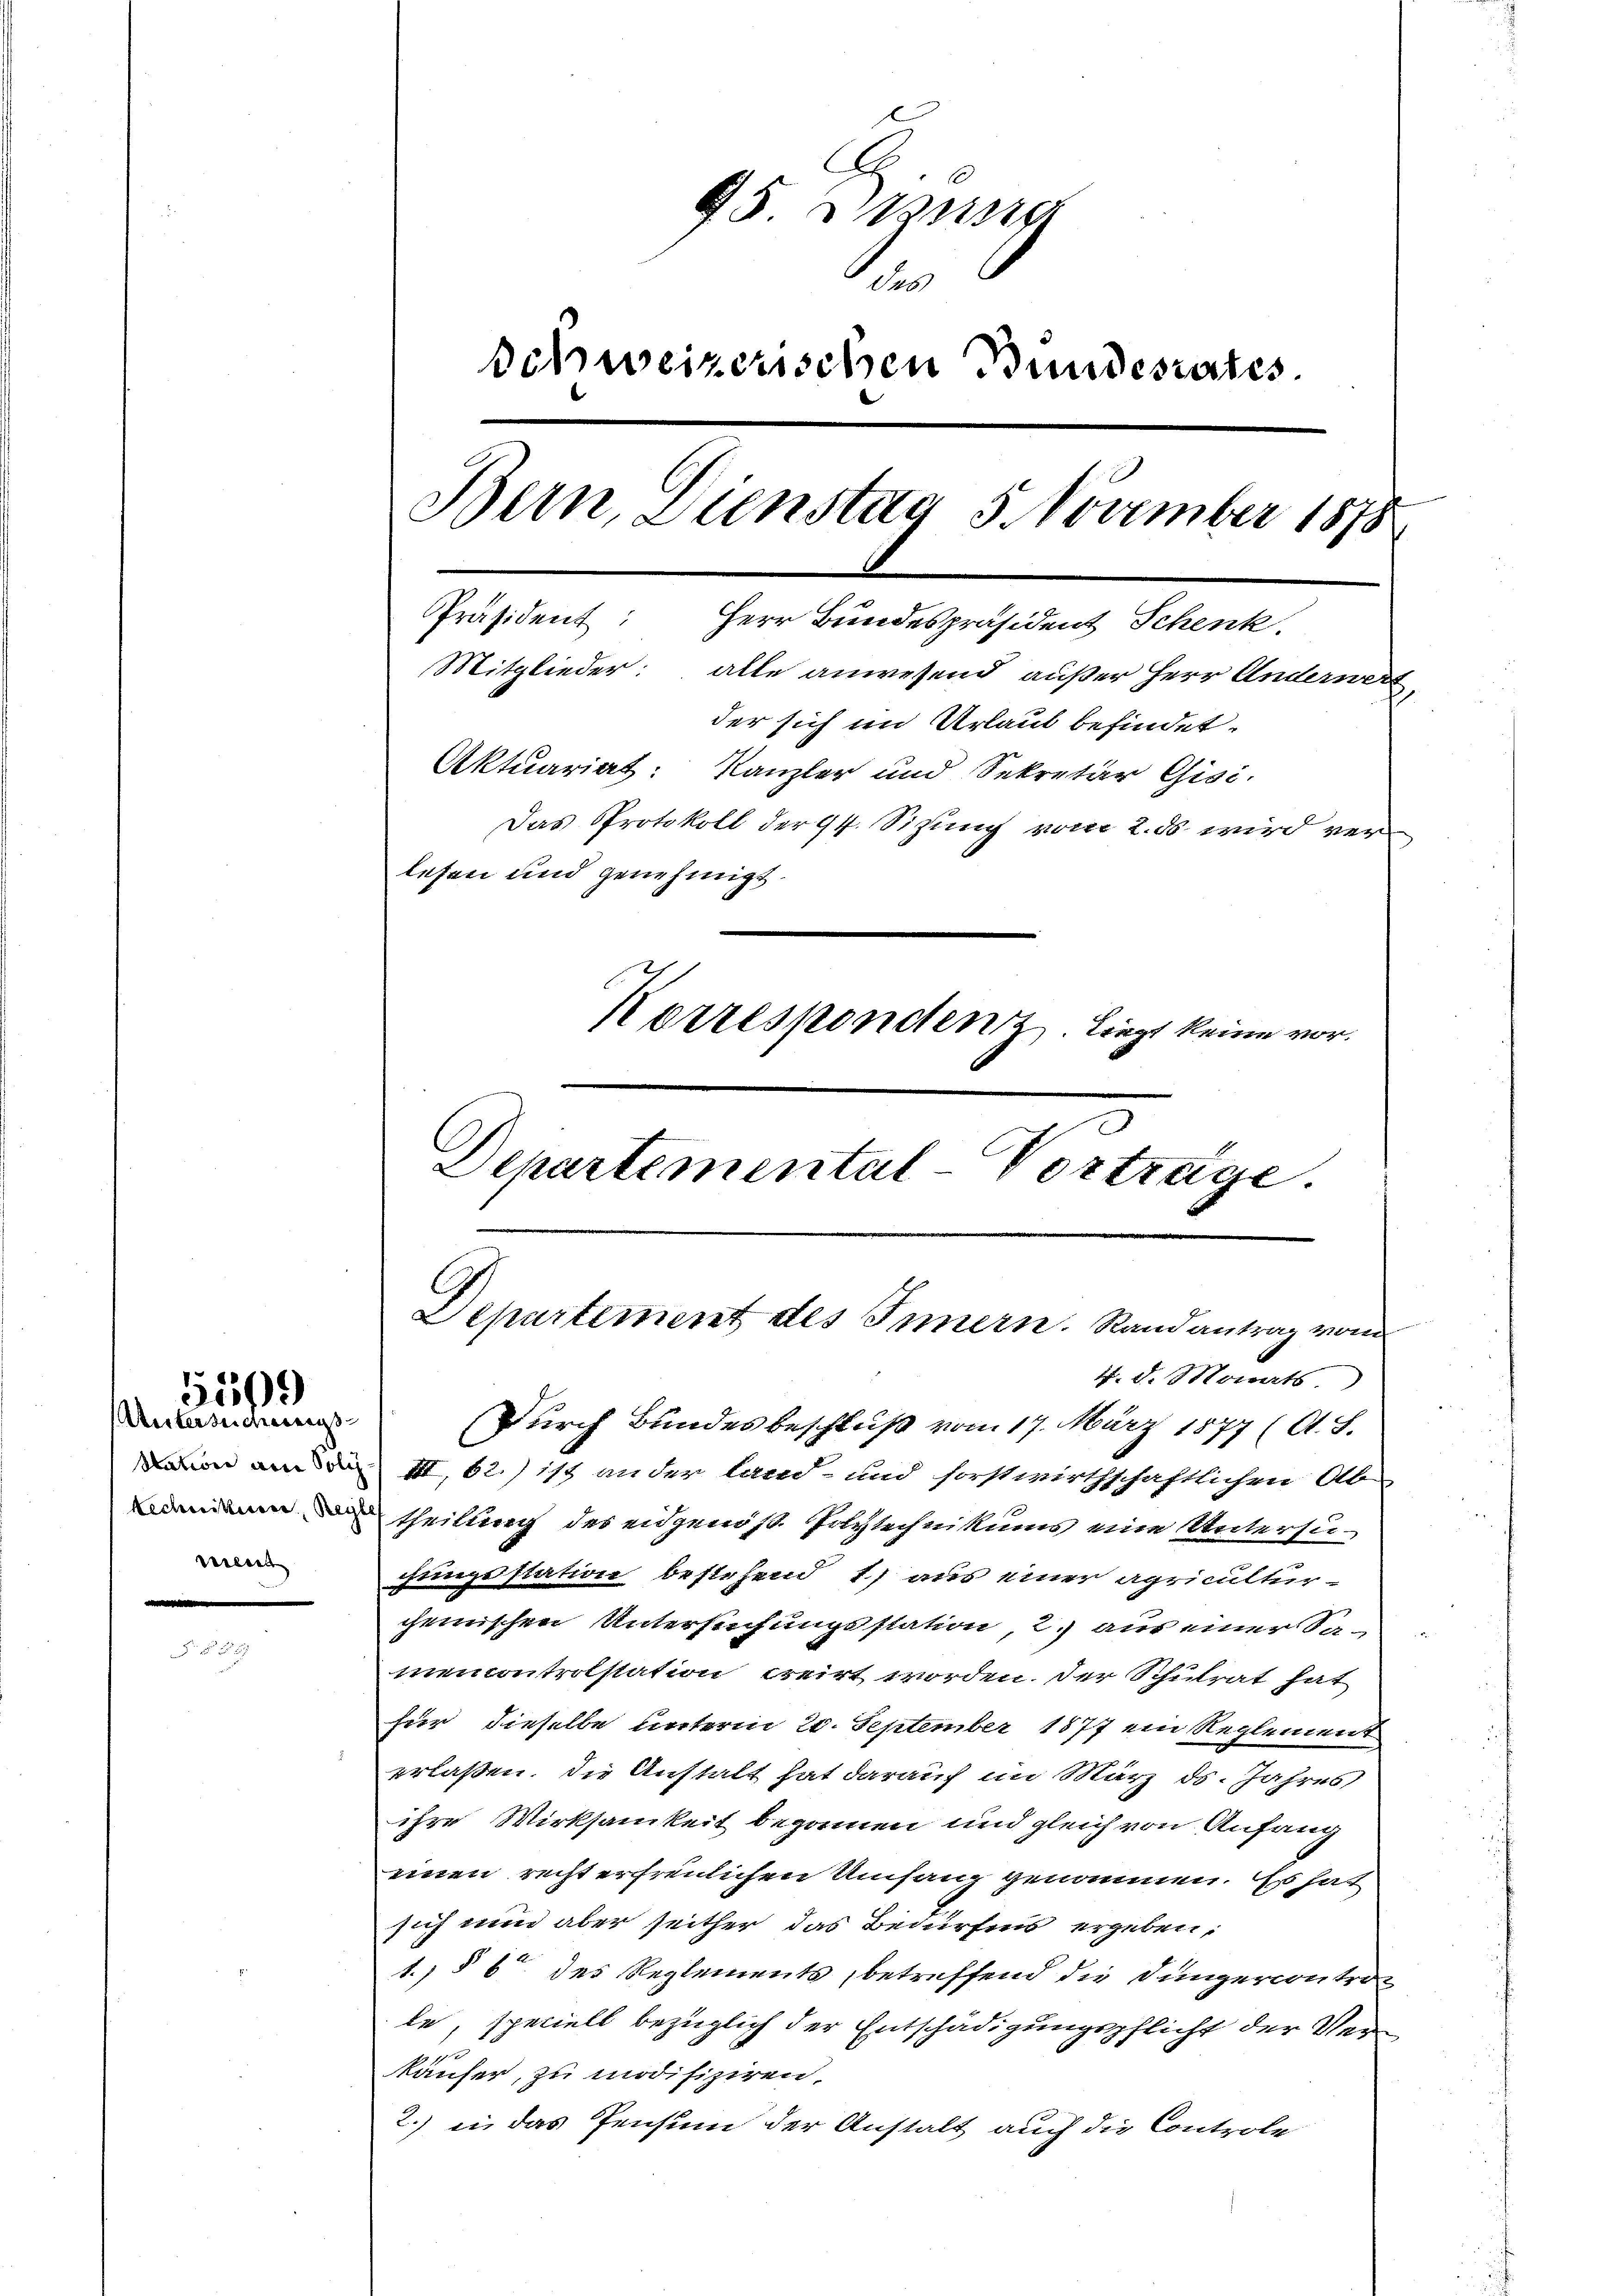
5569)

Untersicherungs
ment

95.

Schweizerischen Bundesrates.
Bern, Dienstag 5. November 1878
Präsident:
Herr Bundespräsident Schenk
Mitglieder: alle anwesend außer Herr Anderwert
der sich im Urlaub befindet.
Aktuariat: Kanzler und Sekretär Gisi-
Das Protokoll der 94. Sizung vom 2. ds wird verlesen und genehmigt.
Korrespondenz liegt keine vor.
Departemental-Vorträge.

Departement des Innern. Randantrag vom
1. d. Monats

Durch Bundesbeschluß vom 17. März 1877 (A. S.
aion an den III 62. 113 an der land- und forstwirthschaftlichen Ab-
enen theilung des eidgenöß. Polytechnikums eine Untersu-
chungsstation bestehend 1) aus einer apricultur-
chemischen Untersuchungsstation, 2. aus einer Samencontrolstation creirt worden. Der Schulrat hat
für dieselbe unterm 20. September 1877 ein Reglement
erlaßen, die Anstalt hat darauf im März ds. Jahres
ihre Wirksamkeit begonnen und gleich von Anfang
einen recht erfreulichen Umfang genommen. Es hat
sich nun aber seither das Bedürfnis ergeben:
1., § 6 des Reglements, betreffend die Jüngercontrole, speciell bezüglich der Entschädigungspflicht der Verkäufer, zu modifiziren.
2.) in das Pensum der Anstalt auch die Controle